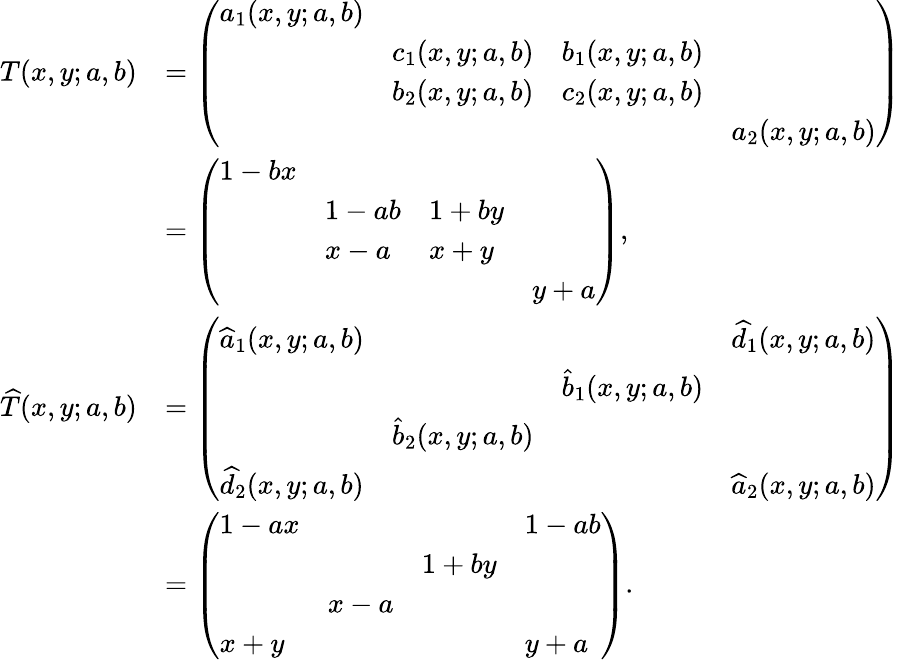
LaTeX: \begin{array}{rl}{T(x,y;a,b)}&{=\left(\begin{array}{llll}{a_{1}(x,y;a,b)}&&&\\ &{c_{1}(x,y;a,b)}&{b_{1}(x,y;a,b)}&\\ &{b_{2}(x,y;a,b)}&{c_{2}(x,y;a,b)}&\\ &&&{a_{2}(x,y;a,b)}\end{array}\right)}\\ &{=\left(\begin{array}{llll}{1-bx}&&&\\ &{1-ab}&{1+by}&\\ &{x-a}&{x+y}&\\ &&&{y+a}\end{array}\right),}\\ {\widehat{T}(x,y;a,b)}&{=\left(\begin{array}{llll}{\widehat{a}_{1}(x,y;a,b)}&&&{\widehat{d}_{1}(x,y;a,b)}\\ &&{\widehat{b}_{1}(x,y;a,b)}&\\ &{\widehat{b}_{2}(x,y;a,b)}&&\\ {\widehat{d}_{2}(x,y;a,b)}&&&{\widehat{a}_{2}(x,y;a,b)}\end{array}\right)}\\ &{=\left(\begin{array}{llll}{1-ax}&&&{1-ab}\\ &&{1+by}&\\ &{x-a}&&\\ {x+y}&&&{y+a}\end{array}\right).}\end{array}